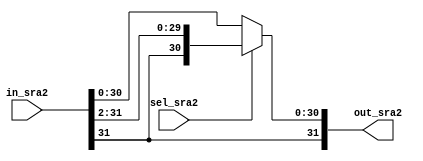
module SRA2 (in_sra2, sel_sra2, out_sra2);
  input [31:0] in_sra2;
  input sel_sra2;
  output [31:0] out_sra2;
  
  assign out_sra2 = (sel_sra2) ? {in_sra2[31], in_sra2[31], in_sra2[31:2]} : in_sra2;
endmodule